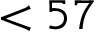
< 5 7